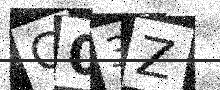
Text: C03Z